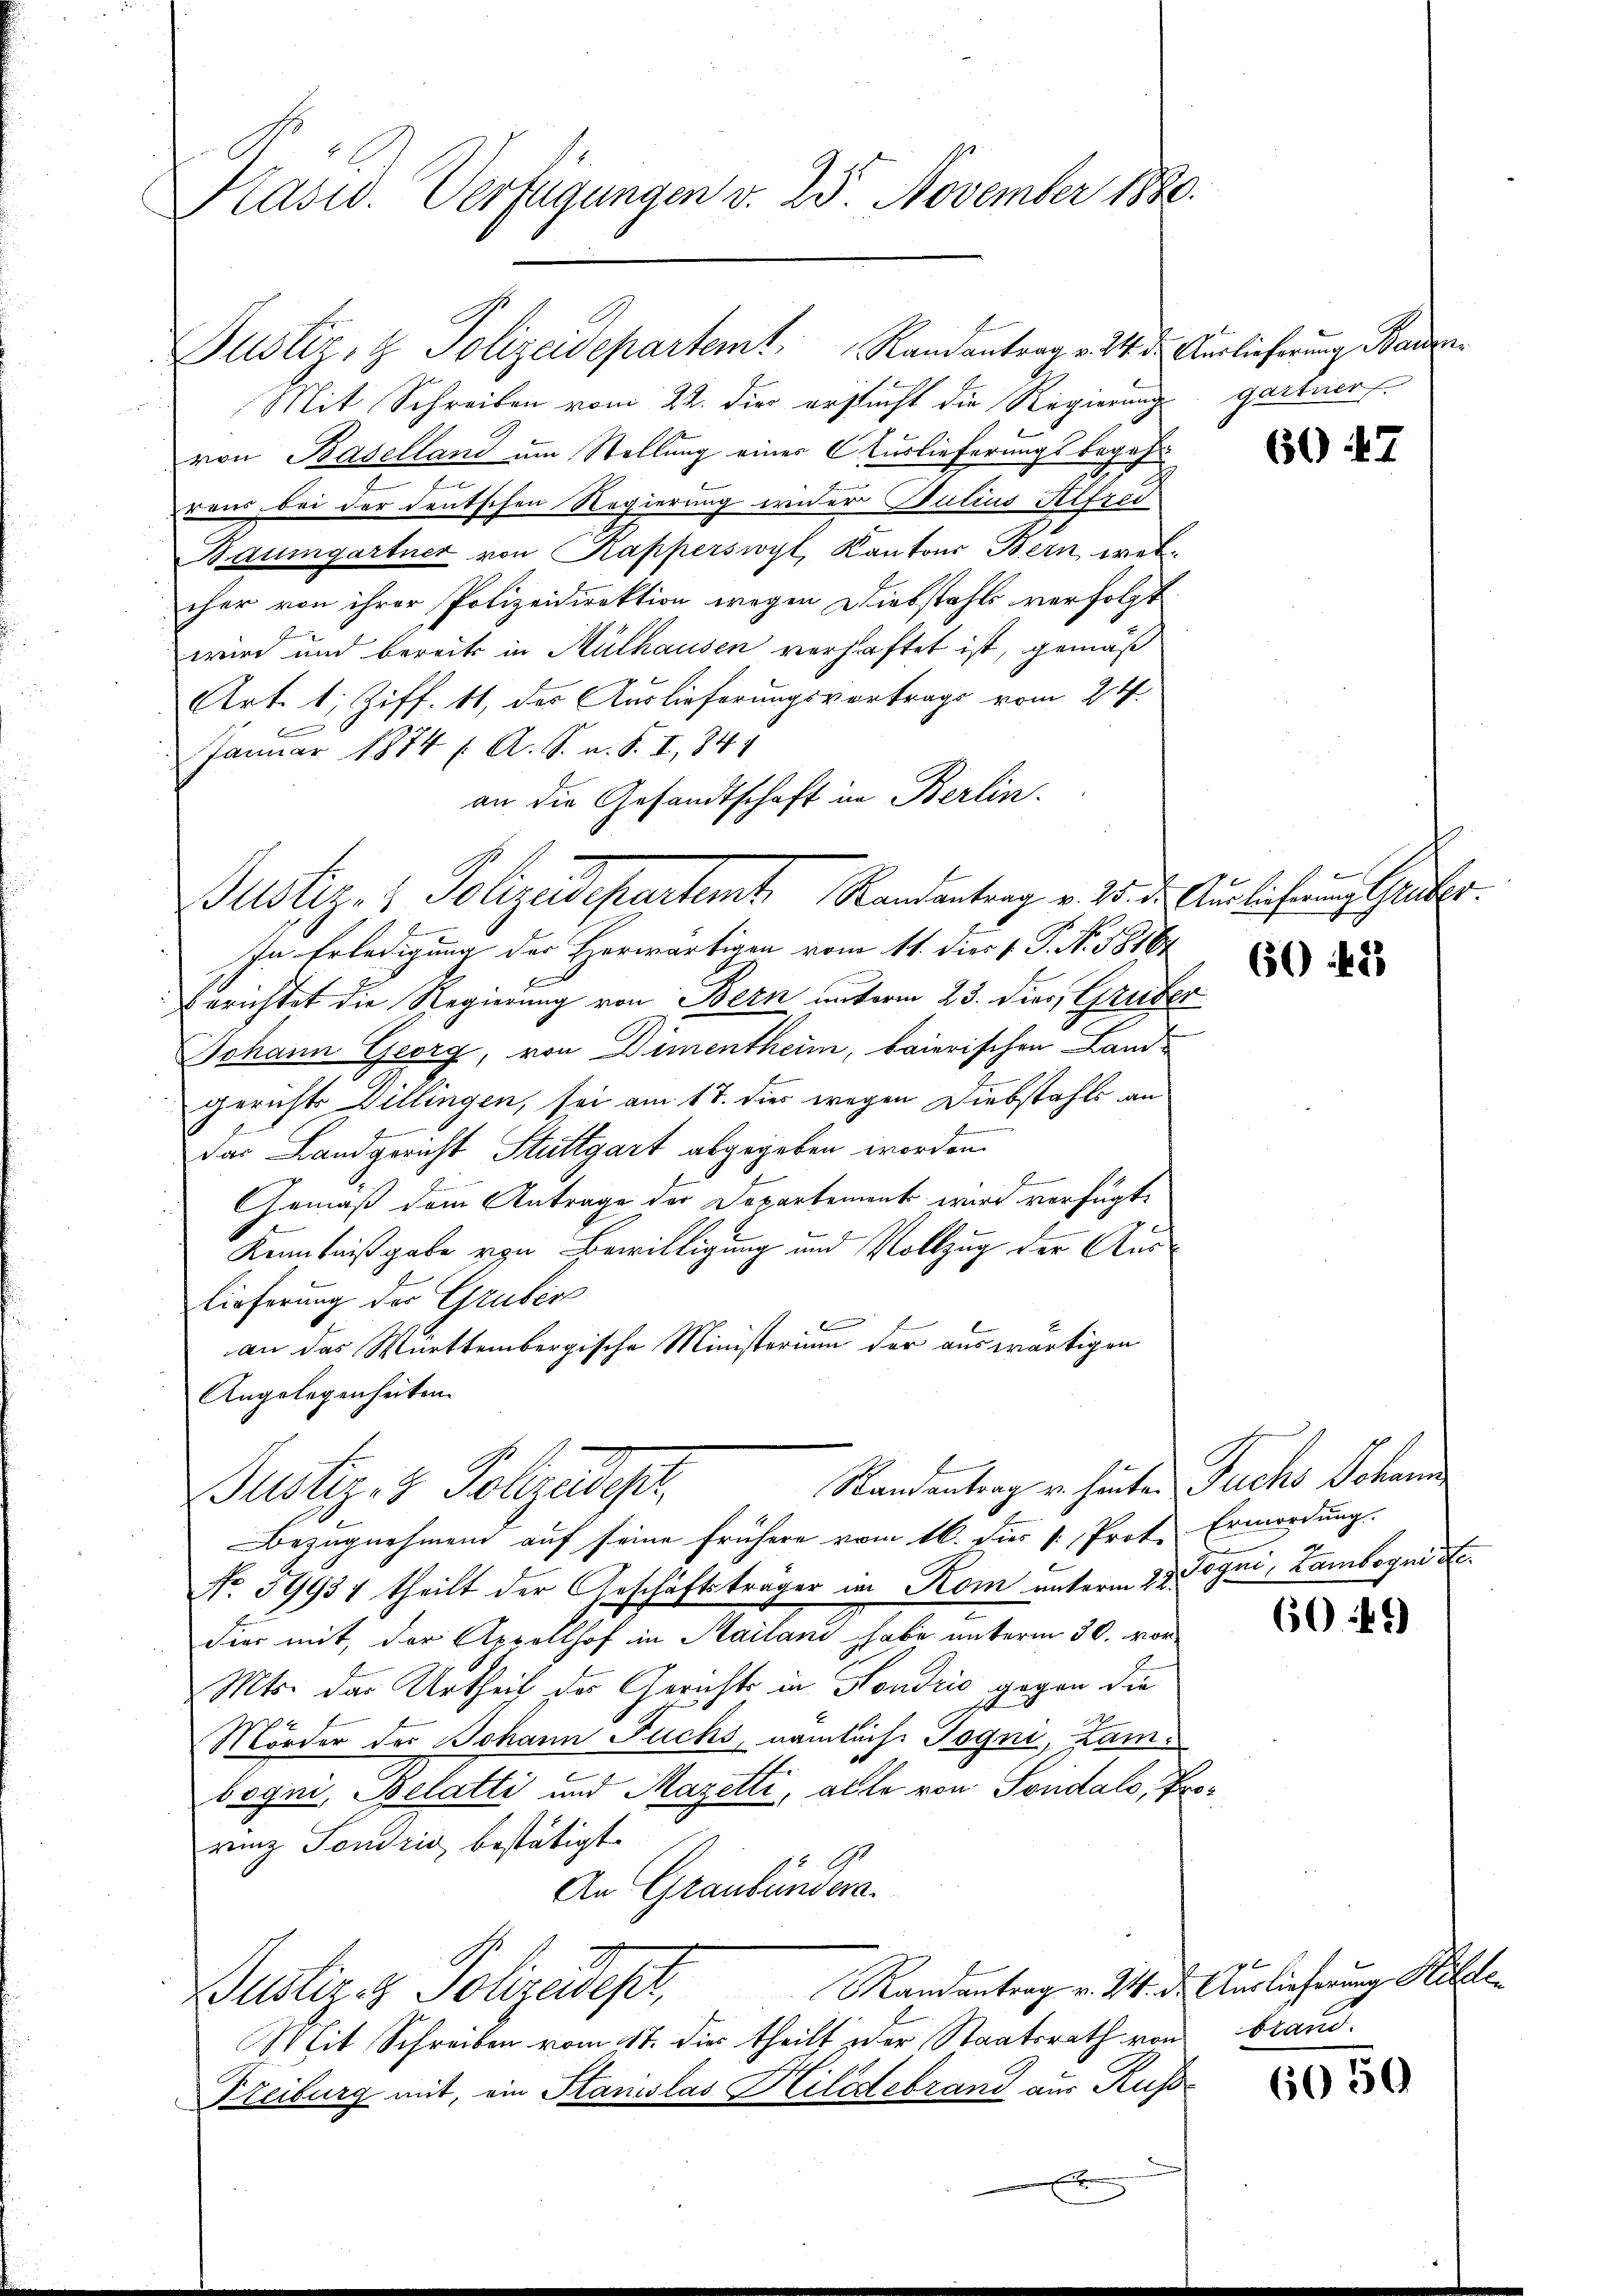
Kasw. Verfügungen v. 23 November 1880.

Mit Schreiben vom 22. die erstucht die Regierung gartner
von Baselland um Stellung einer Auslieferungsbegeh
e
raus bei der deutschen Regierung wieder Bulius Alfred
Baumgartner von Kapperswyl, Kantons Bern, welcher von ihrer Polizeidirektion wegen Diebstahls verfolgt
wird und bereits in Mülhausen verhaftet ist, gemäß
Art. 1; Ziff. 11, des Auslieferungsvortrags vom 24.

Januar 1874 f. A. S. u. S. I, 841
an die Gesandtschaft in Berlin.
In Erledigung der Horwärtigen vom 11. dies 1. P. No. 18164
Berichtet die Regierung von Bern unterm 23. dies, Gruber
Johann Georg, von Dimentheim, baierischen Land-
gerichts Dillingen, sei am 17. dies wegen Diebstahls an
das Landgericht Stuttgart abgegeben worden.
f
b
Gemäß dem Antrage der Departement wird verfügt:
E
Kenntnißgabe von Bewilligung und Vollzug der Auslieferung des Gruber
an das Württembergische Ministerium der auswärtigen
Angelegenheiten.
Standentrag u. heuten Fuchs Schann
Bustiz- & Polizedes
Bezugnehmend auf seine frühere vom 16. dies k. Prot. Ermordung.
No. 37937 theilt der Geschäftsträger im Kom unterm 23. Dogni, Tambogni de
dier mit, der Appellhof in Mailand habe unterm 30. vor¬
Mts. das Urtheil der Gerichts in Hondrio gegen die
Mörder der Johann Fuchs, nämlich Jogni, Lambogni, Belatti und Mazetti, alle von Sondalo, Prorung Sondris bestätigt.
15 A
An Graubündera
G.
Justiz & Polizeidept, Mandantrag v. 314. d. Auslicherung Mitle
Mit Schreiben vom 17. die theilt der Staatsrath von brand-
Freiburg mit, ein Stanislas Kilidebrand aus Russ
x

Justiz- & Polizeidepartem Randantrag v. 4. d. Auslieferung Baden

Justiz- & Polizeidepartemt Randentrag v. 28. ds. Ausliehrungsgruber

6047

6042

6049)

6050

2